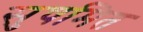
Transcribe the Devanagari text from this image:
सुषमित